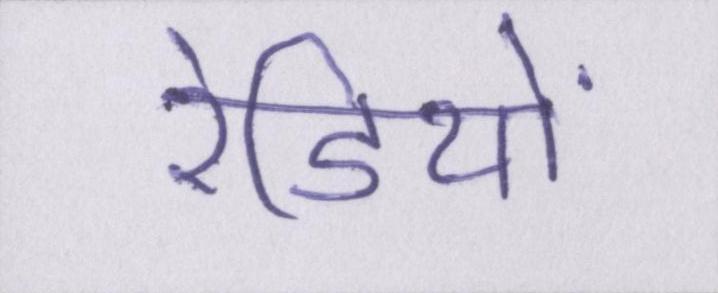
रेडियो